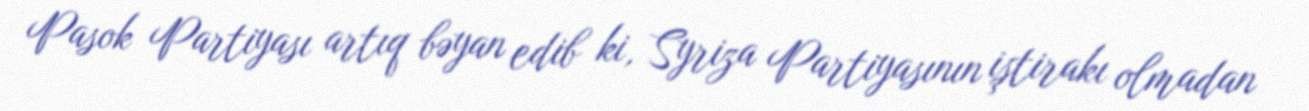
Pasok Partiyası artıq bəyan edib ki, Syriza Partiyasının iştirakı olmadan